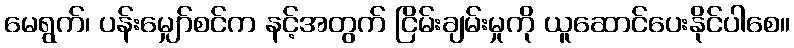
မေရွက်၊ ပန်းမျှော်စင်က နင့်အတွက် ငြိမ်းချမ်းမှုကို ယူဆောင်ပေးနိုင်ပါစေ။